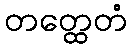
တတ္ထေတံ